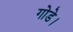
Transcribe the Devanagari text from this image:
गोडे।